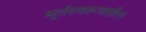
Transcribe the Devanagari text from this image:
मूर्तस्वरूपातील